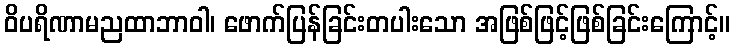
ဝိပရိဏာမညထာဘာဝါ၊ ဖောက်ပြန်ခြင်းတပါးသော အဖြစ်ဖြင့်ဖြစ်ခြင်းကြောင့်။